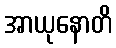
အာယုနောတိ